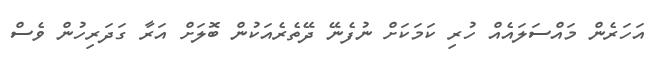
އަހަރެން މައްސަލައެއް ހުރި ކަމަކަށް ނުފެނޭ ދޭތެރެއަކުން ބޮލަށް އަރާ ގަދަރިހުން ވެސް